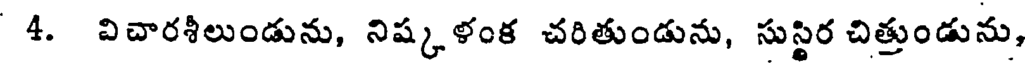
4. విచారశీలుండును, నిష్కళంక చరితుండును, సుస్థిర చిత్తుండును,